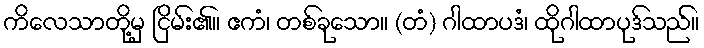
ကိလေသာတို့မှ ငြိမ်း၏။ ဧကံ၊ တစ်ခုသော။ (တံ) ဂါထာပဒံ၊ ထိုဂါထာပုဒ်သည်။